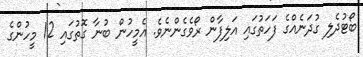
ބޯޓުދެލި ގުދަނެއްގެ ފަހަތުގައި އަލިފާން ރޯވެގެންނެވެ. އެމީހުން ބުނާ ގޮތުގައި 12 މީހުންގެ